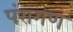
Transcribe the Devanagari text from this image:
पंरागण